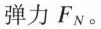
弹力F_{N}。